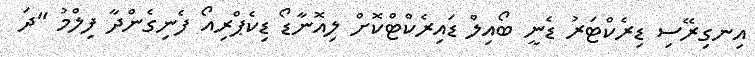
އިނގިރޭސި ޑިރެކްޓަރު ޑެނީ ބޯއިލް ޑައިރެކްޓްކޮށް ލިއޮނާޑޯ ޑިކެޕްރިއޯ ފެނިގެންދާ ފިލްމު "ދަ